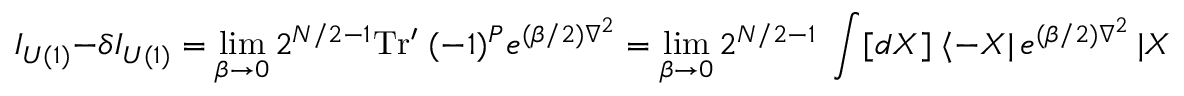
{ \cal I } _ { U ( 1 ) } - \delta { \cal I } _ { U ( 1 ) } = \operatorname * { l i m } _ { \beta \rightarrow 0 } 2 ^ { N / 2 - 1 } \mathrm { T r ^ { \prime } } \; ( - 1 ) ^ { P } e ^ { ( \beta / 2 ) \nabla ^ { 2 } } = \operatorname * { l i m } _ { \beta \rightarrow 0 } 2 ^ { N / 2 - 1 } \; \int [ d X ] \; \langle - X \vert \, e ^ { ( \beta / 2 ) \nabla ^ { 2 } } \, \vert X \rangle .